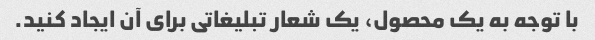
با توجه به یک محصول، یک شعار تبلیغاتی برای آن ایجاد کنید.